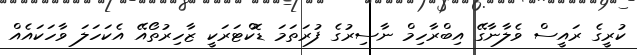
ކުރީގެ ރައީސް ވެލާނާގޭ އިބްރާހިމް ނާސިރުގެ ފުރަތަމަ ޑޮކްޓަރަކީ ޒާހިރުތޯއޭ އެކަހަލަ ވާހަކައެއް